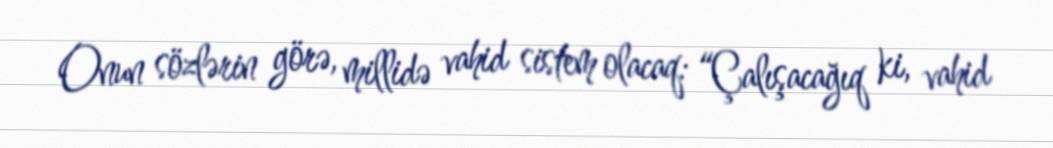
Onun sözlərin görə, millidə vahid sistem olacaq: “Çalışacağıq ki, vahid